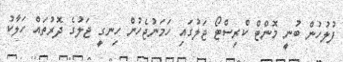
ފުލުހުން ބުނީ މޮންޓް ކްރިސްޓޯ ޖަލުގައި ހަމަނުޖެހުން ހިނގީ ޖަލުގެ ދޮރުތައް ހަލާކު